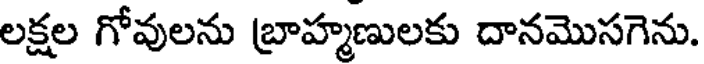
లక్షల గోవులను బ్రాహ్మణులకు దానమొసగెను.